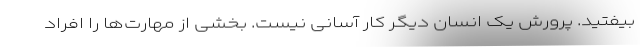
بیفتید. پرورش یک انسان دیگر کار آسانی نیست. بخشی از مهارت‌ها را افراد